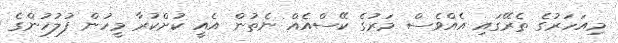
މިއަހަރުގެ ތެރޭގައި އެއްވެސް މަރުގެ ކޭސްއެއް ނެތުން އެއީ ކުށްކުރާ މީހުން ފުލުހުންގެ